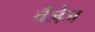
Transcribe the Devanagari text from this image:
चैजेज